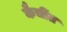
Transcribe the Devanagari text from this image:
कैचींत